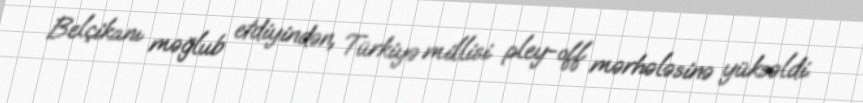
Belçikanı məğlub etdiyindən, Türkiyə millisi pley-off mərhələsinə yüksəldi.